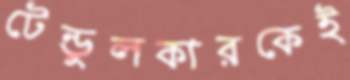
টেন্ডুলকারকেই